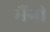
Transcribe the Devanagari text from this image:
मैंगी